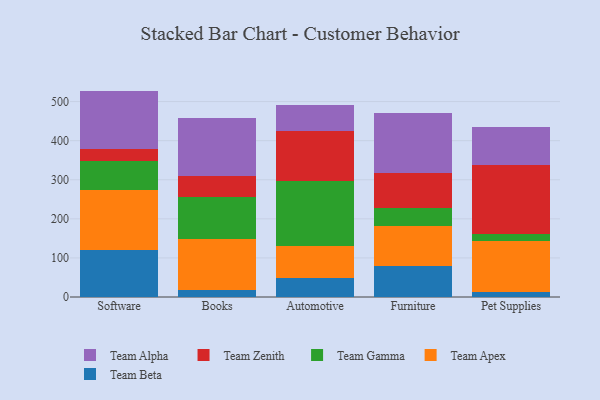
{"axis": {"x": "Category", "y": "Temperature (°C)"}, "legend": ["Team Alpha", "Team Apex", "Team Beta", "Team Gamma", "Team Zenith"], "data": [{"x": "Software", "y": 119.2, "type": "Team Beta"}, {"x": "Software", "y": 154.3, "type": "Team Apex"}, {"x": "Software", "y": 73.8, "type": "Team Gamma"}, {"x": "Software", "y": 30.8, "type": "Team Zenith"}, {"x": "Software", "y": 149.4, "type": "Team Alpha"}, {"x": "Books", "y": 18.0, "type": "Team Beta"}, {"x": "Books", "y": 130.7, "type": "Team Apex"}, {"x": "Books", "y": 107.2, "type": "Team Gamma"}, {"x": "Books", "y": 52.5, "type": "Team Zenith"}, {"x": "Books", "y": 149.2, "type": "Team Alpha"}, {"x": "Automotive", "y": 49.7, "type": "Team Beta"}, {"x": "Automotive", "y": 80.1, "type": "Team Apex"}, {"x": "Automotive", "y": 166.4, "type": "Team Gamma"}, {"x": "Automotive", "y": 128.4, "type": "Team Zenith"}, {"x": "Automotive", "y": 67.7, "type": "Team Alpha"}, {"x": "Furniture", "y": 78.2, "type": "Team Beta"}, {"x": "Furniture", "y": 104.5, "type": "Team Apex"}, {"x": "Furniture", "y": 45.5, "type": "Team Gamma"}, {"x": "Furniture", "y": 89.0, "type": "Team Zenith"}, {"x": "Furniture", "y": 153.2, "type": "Team Alpha"}, {"x": "Pet Supplies", "y": 13.1, "type": "Team Beta"}, {"x": "Pet Supplies", "y": 130.9, "type": "Team Apex"}, {"x": "Pet Supplies", "y": 18.0, "type": "Team Gamma"}, {"x": "Pet Supplies", "y": 175.7, "type": "Team Zenith"}, {"x": "Pet Supplies", "y": 96.8, "type": "Team Alpha"}]}